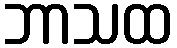
ဘာသထ